Report on the administration of the Government Cinchona Department 1892-98
Year: 1892
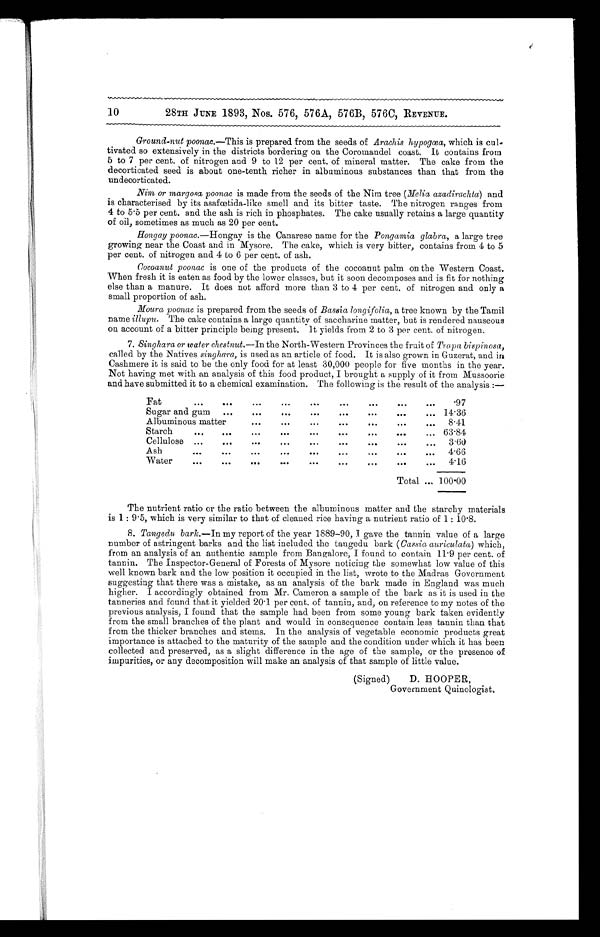
10
28TH JUNE 1893, Nos. 576, 576A, 576B, 576C, REVENUE.
Ground-nut poonac.—This is prepared from the seeds of Arachis hypogœa, which is cul
-tivated so extensively in the districts bordering on the Coromandel coast. It contains from
5 to 7 per cent. of nitrogen and 9 to 12 per cent. of mineral matter. The cake from the
decorticated seed is about one-tenth richer in albuminous substances than that from the
undecorticated.
Nim or margosa poonac is made from the seeds of the Nim tree (Melia azadirachta) and
is characterised by its asafœtida-like smell and its bitter taste. The nitrogen ranges from
4 to 5 . 5 per cent. and the ash is rich in phosphates. The cake usually retains a large quantity
of oil, sometimes as much as 20 per cent.
Hongay poonac.—Hongay is the Canarese name for the Pongamia glabra, a large tree
growing near the Coast and in Mysore. The cake, which is very bitter, contains from 4 to 5
per cent. of nitrogen and 4 to 6 per cent. of ash.
Cocoanut poonac is one of the products of the cocoanut palm on the Western Coast.
When fresh it is eaten as food by the lower classes, but it soon decomposes and is fit for nothing
else than a manure. It does not afford more than 3 to 4 per cent. of nitrogen and only a
small proportion of ash.
Moura poonaci s p r e p a r e d f r o m t h e s e e d s o fB
a s s i a l o n g i f o l i a ,
a t r e e k n o w n b y t h e T a m i l
name illupu. The cake contains a large quantity of saccharine matter, but is rendered nauseous
on account of a bitter principle being present. It yields from 2 to 3 per cent. of nitrogen.
7.
Singhara or water chestnut.— In the North-Western Provinces the fruit of Trapa bispinosa,
called by the Natives singhara, is used as an article of food. It is also grown in Guzerat, and in
Cashmere it is said to be the only food for at least 30,000 people for five months in the year.
Not having met with an analysis of this food product, I brought a supply of it from Mussoorie
and have submitted it to a chemical examination. The following is the result of the analysis :—
Fat
.
.
.
.97
Sugar and gum . . .
14.36
• e •
Albuminous matter . . .
8.41
Starch
.
.
. 63.84
Cellulose
.
.
. . . .
3.60
Ash
.
.
.
4.66
Water . . .
4.16
Total . . . 100.00
The nutrient ratio or the ratio between the albuminous matter and the starchy materials
is 1 : 9.5, which is very similar to that of cleaned rice having a nutrient ratio of 1 : 10.8.
8. Tangedu bark.—In my report of the year 1889-90, 1 gave the tannin value of a large
number of astringent barks and the list included the taugedu bark (Cassia auriculata) which,
from an analysis of an authentic sample from Bangalore, I found to contain 11 . 9 per cent. of
tannin. The Inspector-General of Forests of Mysore noticing the somewhat low value of this
well known bark and the low position it occupied in the list, wrote to the Madras Government
suggesting that there was a mistake, as an analysis of the bark made in England was much
higher. I accordingly obtained from Mr. Cameron a sample of the bark as it is used in the
tanneries and found that it yielded 20.1 per cent. of tannin, and, on reference to my notes of the
previous analysis, I found that the sample had been from some young bark taken evidently
from the small branches of the plant and would in consequence contain less tannin than that
from the thicker branches and stems. In the analysis of vegetable economic products great
importance is attached to the maturity of the sample and the condition under which it has been
collected and preserved, as a slight difference in the age of the sample, or the presence of
impurities, or any decomposition will make an analysis of that sample of little value.
(Signed)
D. HOOPER,
Government Quinologist.